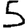
Digit: 5